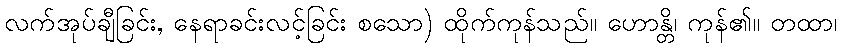
လက်အုပ်ချီခြင်း, နေရာခင်းလင့်ခြင်း စသော) ထိုက်ကုန်သည်။ ဟောန္တိ၊ ကုန်၏။ တထာ၊